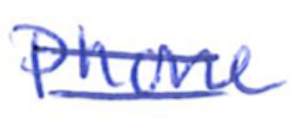
Text: Phone
Cross-out: mix
Writing tool: ballpoint